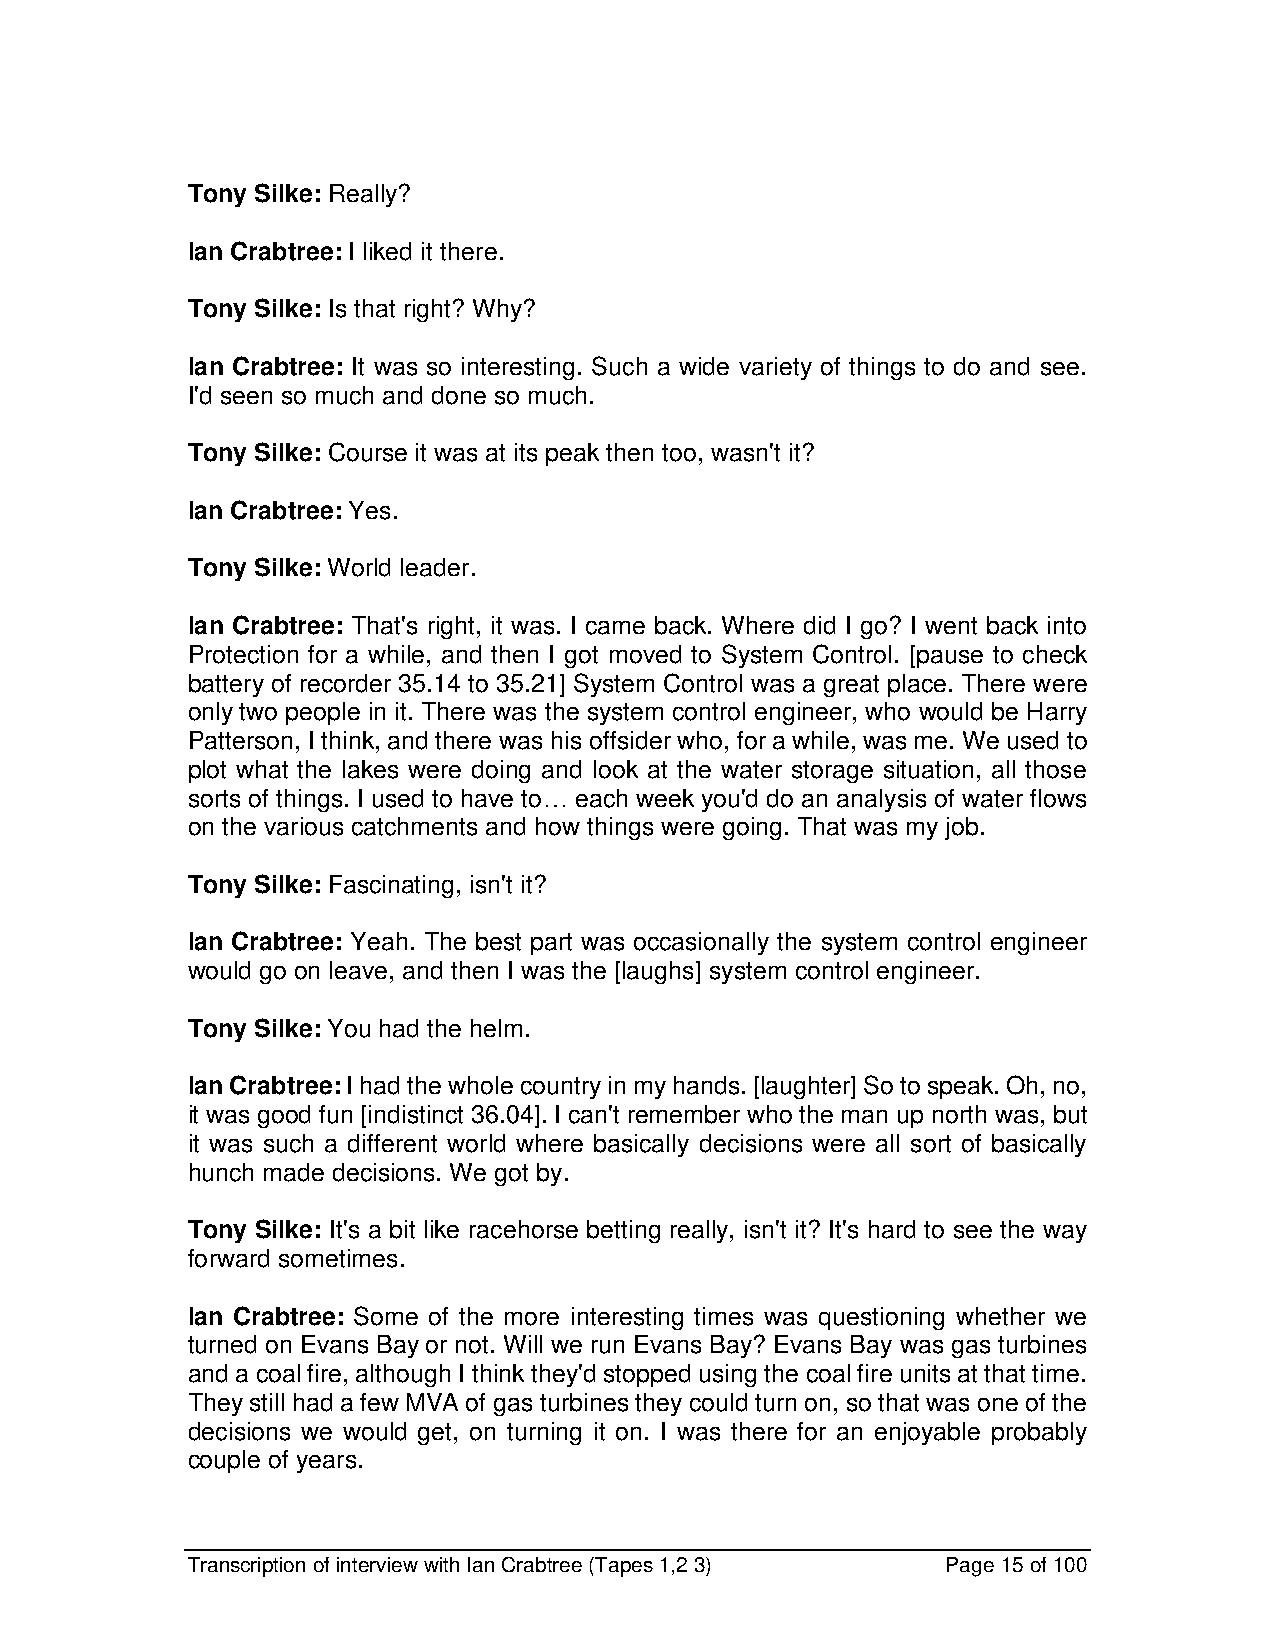
Tony Silke: Really?
 Ian Crabtree: I liked it there.
 Tony Silke: Is that right? Why?
 Ian Crabtree: It was so interesting. Such a wide variety of things to do and see.
 I'd seen so much and done so much.
 Tony Silke: Course it was at its peak then too, wasn't it?
 Ian Crabtree: Yes.
 Tony Silke: World leader.
 Ian Crabtree: That's right, it was. I came back. Where did I go? I went back into
 Protection for a while, and then I got moved to System Control. [pause to check
 battery of recorder 35.14 to 35.21] System Control was a great place. There were
 only two people in it. There was the system control engineer, who would be Harry
 Patterson, I think, and there was his offsider who, for a while, was me. We used to
 plot what the lakes were doing and look at the water storage situation, all those
 sorts of things. I used to have to… each week you'd do an analysis of water flows
 on the various catchments and how things were going. That was my job.
 Tony Silke: Fascinating, isn't it?
 Ian Crabtree: Yeah. The best part was occasionally the system control engineer
 would go on leave, and then I was the [laughs] system control engineer.
 Tony Silke: You had the helm.
 Ian Crabtree: I had the whole country in my hands. [laughter] So to speak. Oh, no,
 it was good fun [indistinct 36.04]. I can't remember who the man up north was, but
 it was such a different world where basically decisions were all sort of basically
 hunch made decisions. We got by.
 Tony Silke: It's a bit like racehorse betting really, isn't it? It's hard to see the way
 forward sometimes.
 Ian Crabtree: Some of the more interesting times was questioning whether we
 turned on Evans Bay or not. Will we run Evans Bay? Evans Bay was gas turbines
 and a coal fire, although I think they'd stopped using the coal fire units at that time.
 They still had a few MVA of gas turbines they could turn on, so that was one of the
 decisions we would get, on turning it on. I was there for an enjoyable probably
 couple of years.
 Transcription of interview with Ian Crabtree (Tapes 1,2 3) Page 15 of 100